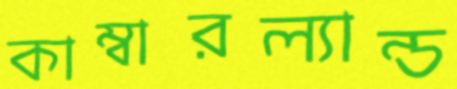
কাম্বারল্যান্ড